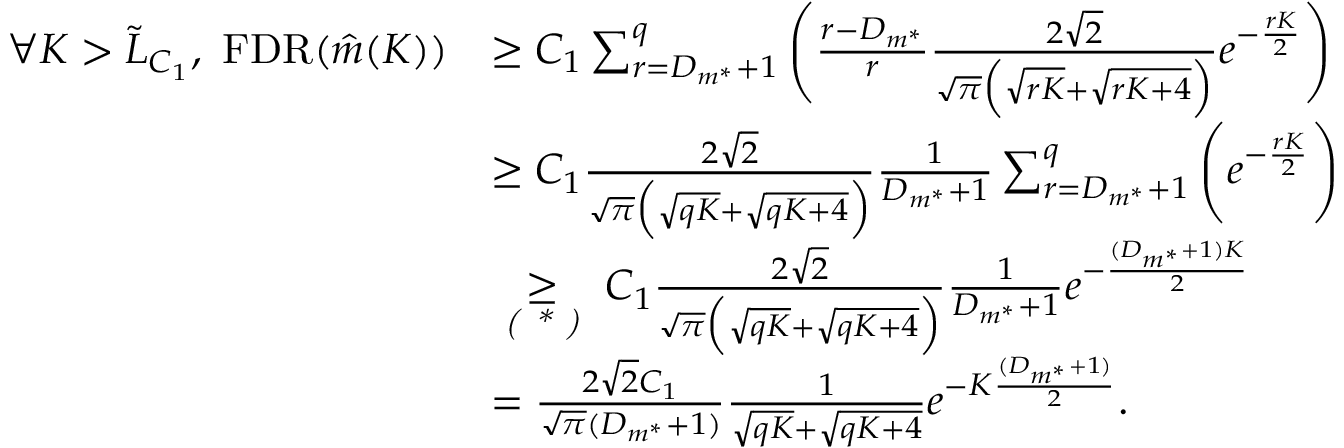
\begin{array} { r l } { \forall K > \Tilde { L } _ { C _ { 1 } } , \ \mathrm { F D R } ( \Hat { m } ( K ) ) } & { \geq C _ { 1 } \sum _ { r = D _ { m ^ { * } } + 1 } ^ { q } \Bigg ( \frac { r - D _ { m ^ { * } } } { r } \frac { 2 \sqrt { 2 } } { \sqrt { \pi } \Big ( \sqrt { r K } + \sqrt { r K + 4 } \Big ) } e ^ { - \frac { r K } { 2 } } \Bigg ) } \\ & { \geq C _ { 1 } \frac { 2 \sqrt { 2 } } { \sqrt { \pi } \Big ( \sqrt { q K } + \sqrt { q K + 4 } \Big ) } \frac { 1 } { D _ { m ^ { * } } + 1 } \sum _ { r = D _ { m ^ { * } } + 1 } ^ { q } \Bigg ( e ^ { - \frac { r K } { 2 } } \Bigg ) } \\ & { \underset { \textit { ( * ) } } { \geq } C _ { 1 } \frac { 2 \sqrt { 2 } } { \sqrt { \pi } \Big ( \sqrt { q K } + \sqrt { q K + 4 } \Big ) } \frac { 1 } { D _ { m ^ { * } } + 1 } e ^ { - \frac { ( D _ { m ^ { * } } + 1 ) K } { 2 } } } \\ & { = \frac { 2 \sqrt { 2 } C _ { 1 } } { \sqrt { \pi } ( D _ { m ^ { * } } + 1 ) } \frac { 1 } { \sqrt { q K } + \sqrt { q K + 4 } } e ^ { - K \frac { ( D _ { m ^ { * } } + 1 ) } { 2 } } . } \end{array}